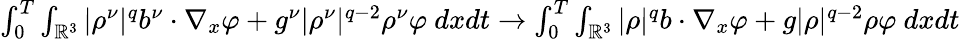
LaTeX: \begin{array}{r}{\int_{0}^{T}\int_{\mathbb{R}^{3}}|\rho^{\nu}|^{q}b^{\nu}\cdot\nabla_{x}\varphi+g^{\nu}|\rho^{\nu}|^{q-2}\rho^{\nu}\varphi~dxdt\to\int_{0}^{T}\int_{\mathbb{R}^{3}}|\rho|^{q}b\cdot\nabla_{x}\varphi+g|\rho|^{q-2}\rho\varphi~dxdt}\end{array}